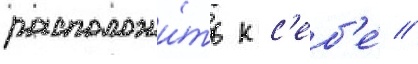
расположи́ть к с'еб'е́ //